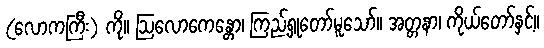
(လောကကြီး) ကို။ ဩလောကေန္တော၊ ကြည့်ရှုတော်မူသော်။ အတ္တနာ၊ ကိုယ်တော်နှင့်။